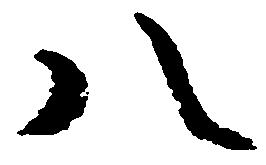
八